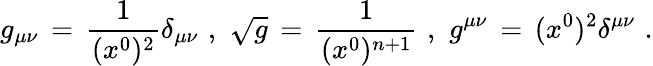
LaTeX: g_{\mu\nu}\, =\, {\frac{1}{(x^{0})^{2}}}\delta_{\mu\nu}\, \, ,\, \, \sqrt{g}\, =\, {\frac{1}{(x^{0})^{n+1}}}\, \, ,\, \, g^{\mu\nu}\, =\, (x^{0})^{2}\delta^{\mu\nu}\, \, .